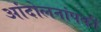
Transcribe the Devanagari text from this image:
आंदोलनांपकी